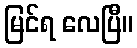
မြင်ရ လေပြီ။